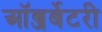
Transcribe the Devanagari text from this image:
ऑब्जर्बेटरी